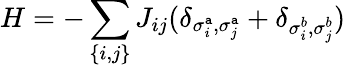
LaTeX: H=-\sum_{\{ i,j\} }J_{ij}(\delta_{\sigma_{i}^{\mathtt{a}},\sigma_{j}^{\mathtt{a}}}+\delta_{\sigma_{i}^{b},\sigma_{j}^{b}})